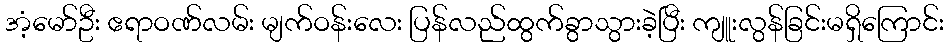
အံ့မော်ဦး ဧရာဝဏ်လမ်း မျက်ဝန်းလေး ပြန်လည်ထွက်ခွာသွားခဲ့ပြီး ကျူးလွန်ခြင်းမရှိကြောင်း